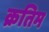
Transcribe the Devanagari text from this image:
क्रतिम